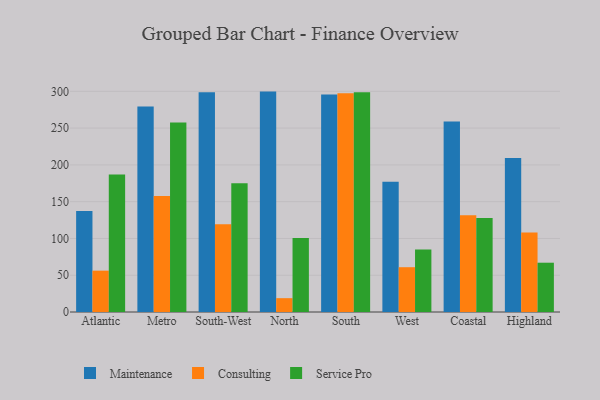
{"axis": {"x": "Region", "y": "Population (Million)"}, "legend": ["Consulting", "Maintenance", "Service Pro"], "data": [{"x": "Atlantic", "y": 137.4, "type": "Maintenance"}, {"x": "Atlantic", "y": 56.2, "type": "Consulting"}, {"x": "Atlantic", "y": 186.9, "type": "Service Pro"}, {"x": "Metro", "y": 279.5, "type": "Maintenance"}, {"x": "Metro", "y": 157.7, "type": "Consulting"}, {"x": "Metro", "y": 257.7, "type": "Service Pro"}, {"x": "South-West", "y": 298.8, "type": "Maintenance"}, {"x": "South-West", "y": 119.3, "type": "Consulting"}, {"x": "South-West", "y": 174.9, "type": "Service Pro"}, {"x": "North", "y": 299.6, "type": "Maintenance"}, {"x": "North", "y": 18.8, "type": "Consulting"}, {"x": "North", "y": 100.5, "type": "Service Pro"}, {"x": "South", "y": 295.6, "type": "Maintenance"}, {"x": "South", "y": 297.2, "type": "Consulting"}, {"x": "South", "y": 298.7, "type": "Service Pro"}, {"x": "West", "y": 177.2, "type": "Maintenance"}, {"x": "West", "y": 60.9, "type": "Consulting"}, {"x": "West", "y": 85.0, "type": "Service Pro"}, {"x": "Coastal", "y": 259.0, "type": "Maintenance"}, {"x": "Coastal", "y": 131.4, "type": "Consulting"}, {"x": "Coastal", "y": 127.9, "type": "Service Pro"}, {"x": "Highland", "y": 209.4, "type": "Maintenance"}, {"x": "Highland", "y": 107.9, "type": "Consulting"}, {"x": "Highland", "y": 67.0, "type": "Service Pro"}]}